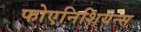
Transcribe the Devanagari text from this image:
फोएनिशियन्स